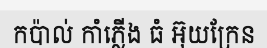
កប៉ាល់ កាំភ្លើង ធំ អ៊ុយក្រែន